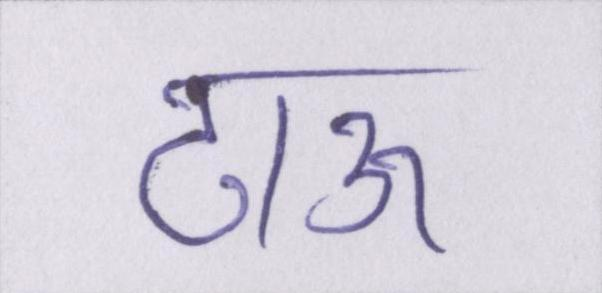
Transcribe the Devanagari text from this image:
टाऊ